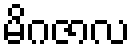
မိဂဇာလ